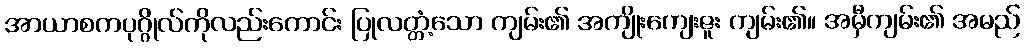
အာယာစကပုဂ္ဂိုလ်ကိုလည်းကောင်း ပြုလတ္တံ့သော ကျမ်း၏ အကျိုးကျေးဇူး ကျမ်း၏။ အမှီကျမ်း၏ အမည်